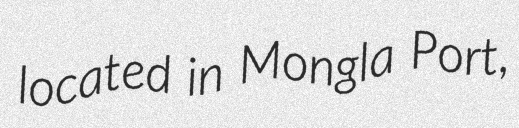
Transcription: located in Mongla Port,